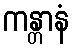
ကန္တာနံ